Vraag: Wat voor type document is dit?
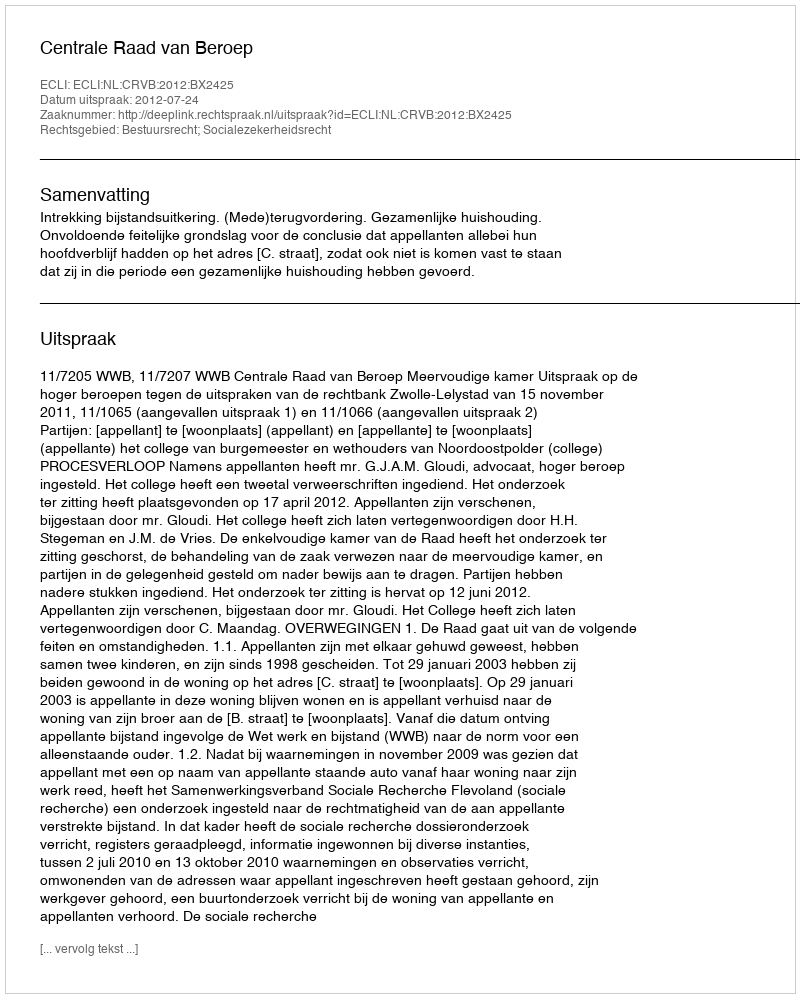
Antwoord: Uitspraak